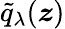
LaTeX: \tilde{q}_{\mathbf{\lambda}}(\boldsymbol{z})